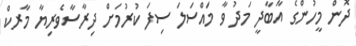
ދޮން މީހުންގެ އާބާދީ މަދު ވާ މައްސަލަ ސިފަ ކުރުމަށް ދިރާސާވެރިޔާ މާރކް